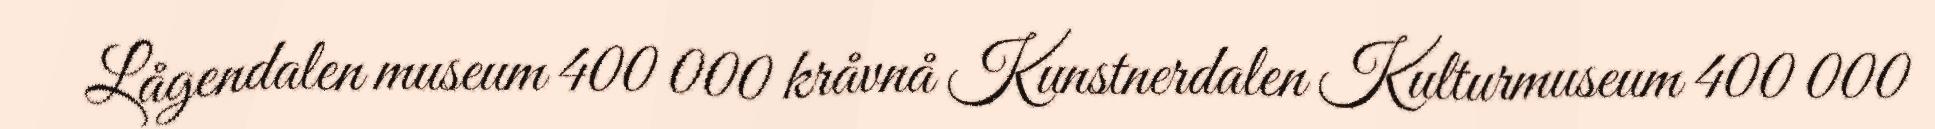
Lågendalen museum 400 000 kråvnå Kunstnerdalen Kulturmuseum 400 000